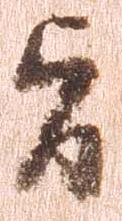
旨